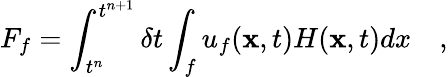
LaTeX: F_{f}=\int_{t^{n}}^{t^{n+1}}\delta t\int_{f}u_{f}(\mathbf{x},t)H(\mathbf{x},t)dx\quad,